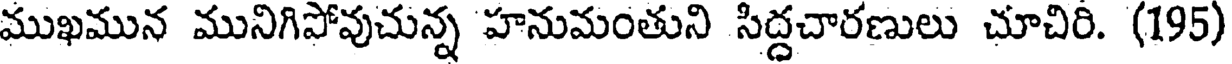
ముఖమున మునిగిపోవుచున్న హనుమంతుని సిద్దచారణులు చూచిరి. (195)